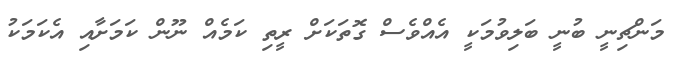
މަންޗިނީ ބުނީ ބަލިވުމަކީ އެއްވެސް ގޮތަކަށް ރީތި ކަމެއް ނޫން ކަމަށާއި އެކަމަކު